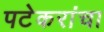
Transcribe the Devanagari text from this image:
पटेकरांचा